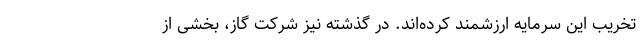
تخریب این سرمایه‌ ارزشمند کرده‌اند. در گذشته نیز شرکت گاز، بخشی از